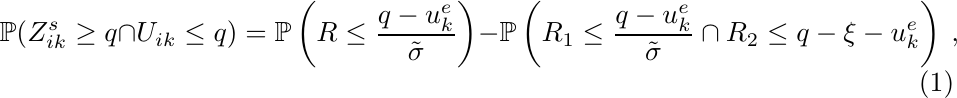
\begin{equation}
\mathbb{P}(Z_{ik}^{s}\geq q\cap U_{ik}\leq q)=\mathbb{P}\left(R\leq\frac{q-u_{k}^{e}}{\tilde{\sigma}}\right)-\mathbb{P}\left(R_{1}\leq\frac{q-u_{k}^{e}}{\tilde{\sigma}}\cap R_{2}\leq q-\xi-u_{k}^{e}\right)\ ,\label{eq:probability-cdf-bvn}
\end{equation}